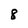
Character: 8